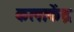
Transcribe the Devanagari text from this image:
कलाकेंद्र